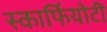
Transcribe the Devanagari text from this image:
स्कार्फियोटी